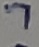
Text: 7